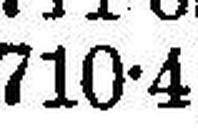
710•4